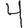
Digit: 4